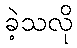
ခဲ့သလို